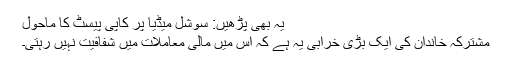
یہ بھی پڑھیں: سوشل میڈیا پر کاپی پیسٹ کا ماحول
مشترکہ خاندان کی ایک بڑی خرابی یہ ہے کہ اس میں مالی معاملات میں شفافیت نہیں رہتی۔